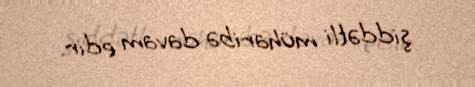
şiddətli müharibə davam edir.